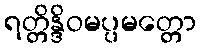
ရတ္တိန္ဒိဝမပ္ပမတ္တော